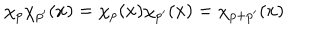
\chi _ { p } \chi _ { p ^ { \prime } } ( x ) = \chi _ { p } ( x ) \chi _ { p ^ { \prime } } ( x ) = \chi _ { p + p ^ { \prime } } ( x )